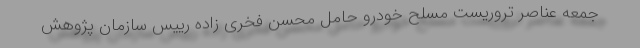
جمعه عناصر تروریست مسلح خودرو حامل محسن فخری زاده رییس سازمان پژوهش